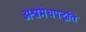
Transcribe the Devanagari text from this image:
अश्वमेधपद्धति